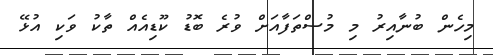
މިހެން ބުނާއިރު މި މުސްތަފާއަށް ވުރެ ބޮޑު ކޫޑިއެއް ތާކު ވަކި އުޅޭ